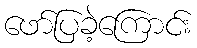
ဖော်ပြခဲ့ကြောင်း